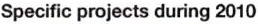
Specific projects during 2010